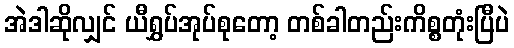
အဲဒါဆိုလျှင် ယီရွှပ်အုပ်စုတော့ တစ်ခါတည်းကိစ္စတုံးပြီပဲ